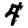
Digit: 4